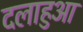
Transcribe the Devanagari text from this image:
दलाहुआ